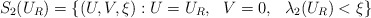
\begin{align*}S_2(U_R)=\{(U,V,\xi): U=U_R, \ \ V=0, \ \ \lambda_2(U_R)<\xi\}\end{align*}